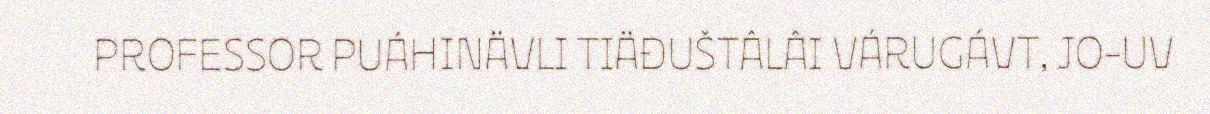
PROFESSOR PUÁHINÄVLI TIÄĐUŠTÂLÂI VÁRUGÁVT, JO-UV